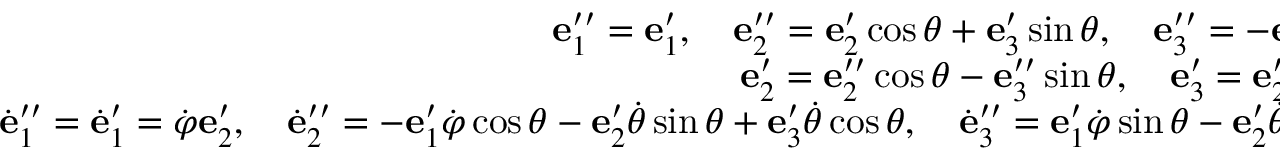
\begin{array} { r } { { \bf e } _ { 1 } ^ { \prime \prime } = { \bf e } _ { 1 } ^ { \prime } , \quad { \bf e } _ { 2 } ^ { \prime \prime } = { \bf e } _ { 2 } ^ { \prime } \cos \theta + { \bf e } _ { 3 } ^ { \prime } \sin \theta , \quad { \bf e } _ { 3 } ^ { \prime \prime } = - { \bf e } _ { 2 } ^ { \prime } \sin \theta + { \bf e } _ { 3 } ^ { \prime } \cos \theta ; } \\ { { \bf e } _ { 2 } ^ { \prime } = { \bf e } _ { 2 } ^ { \prime \prime } \cos \theta - { \bf e } _ { 3 } ^ { \prime \prime } \sin \theta , \quad { \bf e } _ { 3 } ^ { \prime } = { \bf e } _ { 2 } ^ { \prime \prime } \sin \theta + { \bf e } _ { 3 } ^ { \prime \prime } \cos \theta ; } \\ { \dot { \bf e } _ { 1 } ^ { \prime \prime } = \dot { \bf e } _ { 1 } ^ { \prime } = \dot { \varphi } { \bf e } _ { 2 } ^ { \prime } , \quad \dot { \bf e } _ { 2 } ^ { \prime \prime } = - { \bf e } _ { 1 } ^ { \prime } \dot { \varphi } \cos \theta - { \bf e } _ { 2 } ^ { \prime } \dot { \theta } \sin \theta + { \bf e } _ { 3 } ^ { \prime } \dot { \theta } \cos \theta , \quad \dot { \bf e } _ { 3 } ^ { \prime \prime } = { \bf e } _ { 1 } ^ { \prime } \dot { \varphi } \sin \theta - { \bf e } _ { 2 } ^ { \prime } \dot { \theta } \cos \theta - { \bf e } _ { 3 } ^ { \prime } \dot { \theta } \sin \theta . } \end{array}